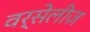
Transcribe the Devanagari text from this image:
वर्सेलीज़